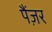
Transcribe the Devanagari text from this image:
पैंज़र